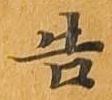
告